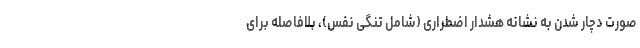
صورت دچار شدن به نشانه هشدار اضطراری (شامل تنگی نفس)، بلافاصله برای